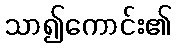
သာ၍ကောင်း၏